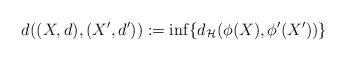
LaTeX: \begin{align*} d_{}((X,d),(X^\prime,d^\prime)) := \inf\{d_{\cal H}(\phi(X), \phi^\prime(X^\prime))\}\end{align*}